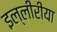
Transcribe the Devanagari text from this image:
इल्लीरीया